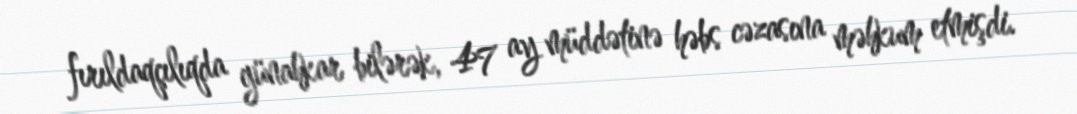
fırıldaqçılıqda günahkar bilərək, 47 ay müddətinə həbs cəzasına məhkum etmişdi.